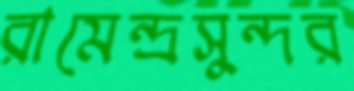
রামেন্দ্রসুন্দর